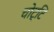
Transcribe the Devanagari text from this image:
चोट्टि